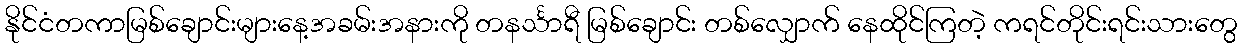
နိုင်ငံတကာမြစ်ချောင်းများနေ့အခမ်းအနားကို တနင်္သာရီ မြစ်ချောင်း တစ်လျှောက် နေထိုင်ကြတဲ့ ကရင်တိုင်းရင်းသားတွေ